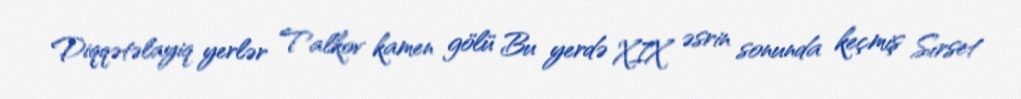
Diqqətəlayiq yerlər Talkov kamen gölü Bu yerdə XIX əsrin sonunda keçmiş Sırset